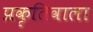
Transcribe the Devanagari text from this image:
प्रकृतिवाला